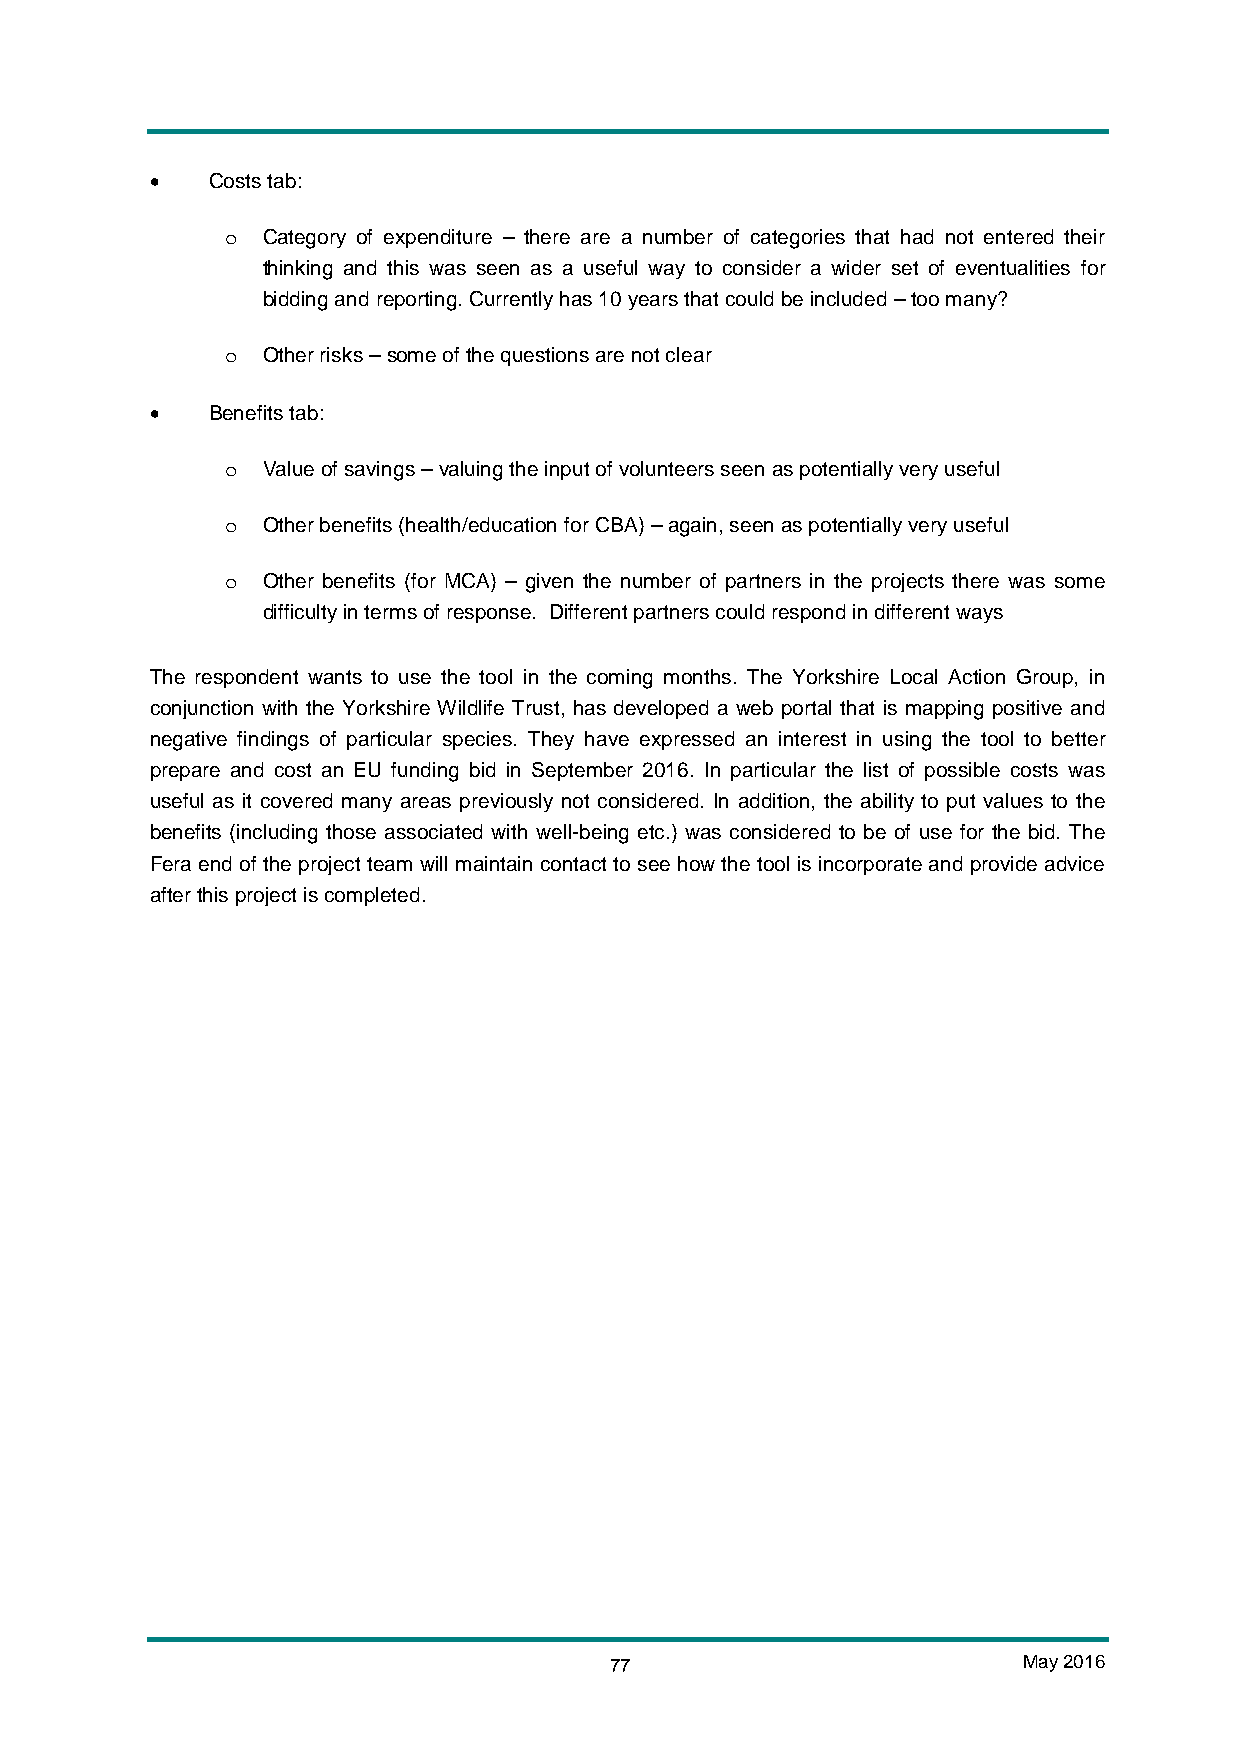
•   Costs tab:
 Category of expenditure – there are a number of categories that had not entered their
 o
 thinking and this was seen as a useful way to consider a wider set of eventualities for
 bidding and reporting. Currently has 10 years that could be included – too many?
 Other risks – some of the questions are not clear
 o
 •   Benefits tab:
 Value of savings – valuing the input of volunteers seen as potentially very useful
 o
 Other benefits (health/education for CBA) – again, seen as potentially very useful
 o
 Other benefits (for MCA) – given the number of partners in the projects there was some
 o
 difficulty in terms of response. Different partners could respond in different ways
 The respondent wants to use the tool in the coming months. The Yorkshire Local Action Group, in
 conjunction with the Yorkshire Wildlife Trust, has developed a web portal that is mapping positive and
 negative findings of particular species. They have expressed an interest in using the tool to better
 prepare and cost an EU funding bid in September 2016. In particular the list of possible costs was
 useful as it covered many areas previously not considered. In addition, the ability to put values to the
 benefits (including those associated with well-being etc.) was considered to be of use for the bid. The
 Fera end of the project team will maintain contact to see how the tool is incorporate and provide advice
 after this project is completed.
 77                          May 2016